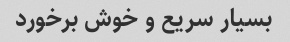
بسیار سریع و خوش برخورد